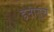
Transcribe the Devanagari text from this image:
इनोनूचे